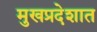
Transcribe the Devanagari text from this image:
मुखप्रदेशात